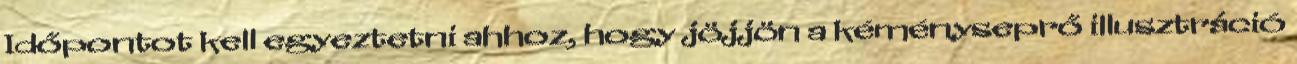
Időpontot kell egyeztetni ahhoz, hogy jöjjön a kéményseprő illusztráció